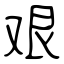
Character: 艰